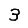
Digit: 3